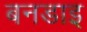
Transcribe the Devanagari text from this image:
बनडाइ